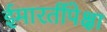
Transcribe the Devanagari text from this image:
ईमारतींपेक्षा